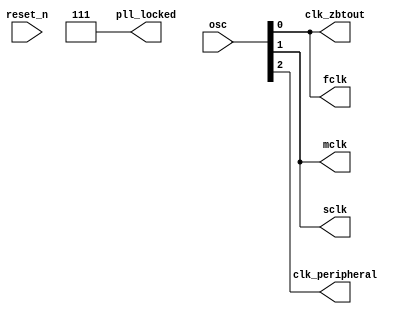
module fpga_pll_speed (
    input  wire [2:0]    osc,            // Oscillator #0 - 50    MHz
                                         // Oscillator #1 - 24.576MHz
                                         // Oscillator #2 - 25    MHz
    input  wire          reset_n,        // reset
    output wire          fclk,           // Free running clock (25MHz)
    output wire          clk_zbtout,     // Phase shifted clock for ZBT(25MHz)
    output wire          mclk,           // 12.288MHz clock for audio
    output wire          sclk,           // 3.072MHz  clock for audio
    output wire          clk_peripheral, // 25MHz clock for ethernet, psram, vga, uart
    output wire [2:0]    pll_locked      // PLL locked
  );

// --------------------------------------------------------------------
// internal wires
// --------------------------------------------------------------------

    wire [9:0]  pll_clocks_sys;
    wire [9:0]  pll_clocks_peripheral;
    wire [9:0]  pll_clocks_audio;

// INCLUDE_PLL is define in FPGA project configuration
`ifdef    INCLUDE_PLL

  // PLL generating CPU (25MHz) and ZBT SRAM (25MHz) clocks

  altpll #(
    .bandwidth_type          ("AUTO"),
    .clk0_divide_by          (2),
    .clk0_duty_cycle         (50),
    .clk0_multiply_by        (1),
    .clk0_phase_shift        ("0"),
    .clk1_divide_by          (2),
    .clk1_duty_cycle         (50),
    .clk1_multiply_by        (1),
    .clk1_phase_shift        ("0"),
    .clk2_divide_by          (25),
    .clk2_duty_cycle         (50),
    .clk2_multiply_by        (3),
    .clk2_phase_shift        ("0"),
    .clk3_divide_by          (5),
    .clk3_duty_cycle         (50),
    .clk3_multiply_by        (2),
    .clk3_phase_shift        ("0"),
    .clk4_divide_by          (5),
    .clk4_duty_cycle         (50),
    .clk4_multiply_by        (4),
    .clk4_phase_shift        ("0"),
    .inclk0_input_frequency  (20000),
    .intended_device_family  ("Cyclone V"),
    .lpm_hint                ("CBX_MODULE_PREFIX=plls_Altera"),
    .lpm_type                ("altpll"),
    .operation_mode          ("NO_COMPENSATION"),
    .pll_type                ("AUTO"),
    .port_activeclock        ("PORT_UNUSED"),
    .port_areset             ("PORT_UNUSED"),
    .port_clkbad0            ("PORT_UNUSED"),
    .port_clkbad1            ("PORT_UNUSED"),
    .port_clkloss            ("PORT_UNUSED"),
    .port_clkswitch          ("PORT_UNUSED"),
    .port_configupdate       ("PORT_UNUSED"),
    .port_fbin               ("PORT_UNUSED"),
    .port_fbout              ("PORT_UNUSED"),
    .port_inclk0             ("PORT_USED"),
    .port_inclk1             ("PORT_UNUSED"),
    .port_locked             ("PORT_USED"),
    .port_pfdena             ("PORT_UNUSED"),
    .port_phasecounterselect ("PORT_UNUSED"),
    .port_phasedone          ("PORT_UNUSED"),
    .port_phasestep          ("PORT_UNUSED"),
    .port_phaseupdown        ("PORT_UNUSED"),
    .port_pllena             ("PORT_UNUSED"),
    .port_scanaclr           ("PORT_UNUSED"),
    .port_scanclk            ("PORT_UNUSED"),
    .port_scanclkena         ("PORT_UNUSED"),
    .port_scandata           ("PORT_UNUSED"),
    .port_scandataout        ("PORT_UNUSED"),
    .port_scandone           ("PORT_UNUSED"),
    .port_scanread           ("PORT_UNUSED"),
    .port_scanwrite          ("PORT_UNUSED"),
    .port_clk0               ("PORT_USED"),
    .port_clk1               ("PORT_USED"),
    .port_clk2               ("PORT_UNUSED"),
    .port_clk3               ("PORT_UNUSED"),
    .port_clk4               ("PORT_UNUSED"),
    .port_clk5               ("PORT_UNUSED"),
    .port_clk6               ("PORT_UNUSED"),
    .port_clk7               ("PORT_UNUSED"),
    .port_clk8               ("PORT_UNUSED"),
    .port_clk9               ("PORT_UNUSED"),
    .port_clkena0            ("PORT_UNUSED"),
    .port_clkena1            ("PORT_UNUSED"),
    .port_clkena2            ("PORT_UNUSED"),
    .port_clkena3            ("PORT_UNUSED"),
    .port_clkena4            ("PORT_UNUSED"),
    .port_clkena5            ("PORT_UNUSED"),
    .port_clkena6            ("PORT_UNUSED"),
    .port_clkena7            ("PORT_UNUSED"),
    .port_clkena8            ("PORT_UNUSED"),
    .port_clkena9            ("PORT_UNUSED"),
    .self_reset_on_loss_lock ("ON"),
    .using_fbmimicbidir_port ("OFF"),
    .width_clock             (10))
   u_cpu_periph_clk_pll_0 (
    .inclk              ({1'b0, osc[0]}),
    .clk                (pll_clocks_sys[9:0]),
    .activeclock        (),
    .areset             (~reset_n),  // Optional
    .clkbad             (),
    .clkena             ({6{1'b1}}),
    .clkloss            (),
    .clkswitch          (1'b0),
    .configupdate       (1'b0),
    .enable0            (),
    .enable1            (),
    .extclk             (),
    .extclkena          ({4{1'b1}}),
    .fbin               (1'b1),
    .fbmimicbidir       (),
    .fbout              (),
    .locked             (pll_locked[0]),
    .pfdena             (1'b1),
    .phasecounterselect ({4{1'b1}}),
    .phasedone          (),
    .phasestep          (1'b1),
    .phaseupdown        (1'b1),
    .pllena             (1'b1),
    .scanaclr           (1'b0),
    .scanclk            (1'b0),
    .scanclkena         (1'b1),
    .scandata           (1'b0),
    .scandataout        (),
    .scandone           (),
    .scanread           (1'b0),
    .scanwrite          (1'b0),
    .sclkout0           (),
    .sclkout1           (),
    .vcooverrange       (),
    .vcounderrange      ());

  // PLL generating Audio clocks

  altpll #(
    .bandwidth_type          ("AUTO"),
    .clk0_divide_by          (2),
    .clk0_duty_cycle         (50),
    .clk0_multiply_by        (1),
    .clk0_phase_shift        ("0"),
    .clk1_divide_by          (8),
    .clk1_duty_cycle         (50),
    .clk1_multiply_by        (1),
    .clk1_phase_shift        ("0"),
    .clk2_divide_by          (25),
    .clk2_duty_cycle         (50),
    .clk2_multiply_by        (3),
    .clk2_phase_shift        ("0"),
    .clk3_divide_by          (5),
    .clk3_duty_cycle         (50),
    .clk3_multiply_by        (2),
    .clk3_phase_shift        ("0"),
    .clk4_divide_by          (5),
    .clk4_duty_cycle         (50),
    .clk4_multiply_by        (4),
    .clk4_phase_shift        ("0"),
    .inclk0_input_frequency  (40690),
    .intended_device_family  ("Cyclone V"),
    .lpm_hint                ("CBX_MODULE_PREFIX=plls_Altera"),
    .lpm_type                ("altpll"),
    .operation_mode          ("NO_COMPENSATION"),
    .pll_type                ("AUTO"),
    .port_activeclock        ("PORT_UNUSED"),
    .port_areset             ("PORT_UNUSED"),
    .port_clkbad0            ("PORT_UNUSED"),
    .port_clkbad1            ("PORT_UNUSED"),
    .port_clkloss            ("PORT_UNUSED"),
    .port_clkswitch          ("PORT_UNUSED"),
    .port_configupdate       ("PORT_UNUSED"),
    .port_fbin               ("PORT_UNUSED"),
    .port_fbout              ("PORT_UNUSED"),
    .port_inclk0             ("PORT_USED"),
    .port_inclk1             ("PORT_UNUSED"),
    .port_locked             ("PORT_USED"),
    .port_pfdena             ("PORT_UNUSED"),
    .port_phasecounterselect ("PORT_UNUSED"),
    .port_phasedone          ("PORT_UNUSED"),
    .port_phasestep          ("PORT_UNUSED"),
    .port_phaseupdown        ("PORT_UNUSED"),
    .port_pllena             ("PORT_UNUSED"),
    .port_scanaclr           ("PORT_UNUSED"),
    .port_scanclk            ("PORT_UNUSED"),
    .port_scanclkena         ("PORT_UNUSED"),
    .port_scandata           ("PORT_UNUSED"),
    .port_scandataout        ("PORT_UNUSED"),
    .port_scandone           ("PORT_UNUSED"),
    .port_scanread           ("PORT_UNUSED"),
    .port_scanwrite          ("PORT_UNUSED"),
    .port_clk0               ("PORT_USED"),
    .port_clk1               ("PORT_USED"),
    .port_clk2               ("PORT_UNUSED"),
    .port_clk3               ("PORT_UNUSED"),
    .port_clk4               ("PORT_UNUSED"),
    .port_clk5               ("PORT_UNUSED"),
    .port_clk6               ("PORT_UNUSED"),
    .port_clk7               ("PORT_UNUSED"),
    .port_clk8               ("PORT_UNUSED"),
    .port_clk9               ("PORT_UNUSED"),
    .port_clkena0            ("PORT_UNUSED"),
    .port_clkena1            ("PORT_UNUSED"),
    .port_clkena2            ("PORT_UNUSED"),
    .port_clkena3            ("PORT_UNUSED"),
    .port_clkena4            ("PORT_UNUSED"),
    .port_clkena5            ("PORT_UNUSED"),
    .port_clkena6            ("PORT_UNUSED"),
    .port_clkena7            ("PORT_UNUSED"),
    .port_clkena8            ("PORT_UNUSED"),
    .port_clkena9            ("PORT_UNUSED"),
    .self_reset_on_loss_lock ("ON"),
    .using_fbmimicbidir_port ("OFF"),
    .width_clock             (10))
   u_cpu_periph_clk_pll_1 (
    .inclk              ({1'b0, osc[1]}),
    .clk                (pll_clocks_audio[9:0]),
    .activeclock        (),
    .areset             (~reset_n),  // Optional
    .clkbad             (),
    .clkena             ({6{1'b1}}),
    .clkloss            (),
    .clkswitch          (1'b0),
    .configupdate       (1'b0),
    .enable0            (),
    .enable1            (),
    .extclk             (),
    .extclkena          ({4{1'b1}}),
    .fbin               (1'b1),
    .fbmimicbidir       (),
    .fbout              (),
    .locked             (pll_locked[1]),
    .pfdena             (1'b1),
    .phasecounterselect ({4{1'b1}}),
    .phasedone          (),
    .phasestep          (1'b1),
    .phaseupdown        (1'b1),
    .pllena             (1'b1),
    .scanaclr           (1'b0),
    .scanclk            (1'b0),
    .scanclkena         (1'b1),
    .scandata           (1'b0),
    .scandataout        (),
    .scandone           (),
    .scanread           (1'b0),
    .scanwrite          (1'b0),
    .sclkout0           (),
    .sclkout1           (),
    .vcooverrange       (),
    .vcounderrange      ());

  altpll #(
    .bandwidth_type          ("AUTO"),
    .clk0_divide_by          (1),
    .clk0_duty_cycle         (50),
    .clk0_multiply_by        (1),
    .clk0_phase_shift        ("0"),
    .clk1_divide_by          (2),
    .clk1_duty_cycle         (50),
    .clk1_multiply_by        (1),
    .clk1_phase_shift        ("0"),
    .clk2_divide_by          (25),
    .clk2_duty_cycle         (50),
    .clk2_multiply_by        (3),
    .clk2_phase_shift        ("0"),
    .clk3_divide_by          (5),
    .clk3_duty_cycle         (50),
    .clk3_multiply_by        (2),
    .clk3_phase_shift        ("0"),
    .clk4_divide_by          (5),
    .clk4_duty_cycle         (50),
    .clk4_multiply_by        (4),
    .clk4_phase_shift        ("0"),
    .inclk0_input_frequency  (40000),
    .intended_device_family  ("Cyclone V"),
    .lpm_hint                ("CBX_MODULE_PREFIX=plls_Altera"),
    .lpm_type                ("altpll"),
    .operation_mode          ("NO_COMPENSATION"),
    .pll_type                ("AUTO"),
    .port_activeclock        ("PORT_UNUSED"),
    .port_areset             ("PORT_UNUSED"),
    .port_clkbad0            ("PORT_UNUSED"),
    .port_clkbad1            ("PORT_UNUSED"),
    .port_clkloss            ("PORT_UNUSED"),
    .port_clkswitch          ("PORT_UNUSED"),
    .port_configupdate       ("PORT_UNUSED"),
    .port_fbin               ("PORT_UNUSED"),
    .port_fbout              ("PORT_UNUSED"),
    .port_inclk0             ("PORT_USED"),
    .port_inclk1             ("PORT_UNUSED"),
    .port_locked             ("PORT_USED"),
    .port_pfdena             ("PORT_UNUSED"),
    .port_phasecounterselect ("PORT_UNUSED"),
    .port_phasedone          ("PORT_UNUSED"),
    .port_phasestep          ("PORT_UNUSED"),
    .port_phaseupdown        ("PORT_UNUSED"),
    .port_pllena             ("PORT_UNUSED"),
    .port_scanaclr           ("PORT_UNUSED"),
    .port_scanclk            ("PORT_UNUSED"),
    .port_scanclkena         ("PORT_UNUSED"),
    .port_scandata           ("PORT_UNUSED"),
    .port_scandataout        ("PORT_UNUSED"),
    .port_scandone           ("PORT_UNUSED"),
    .port_scanread           ("PORT_UNUSED"),
    .port_scanwrite          ("PORT_UNUSED"),
    .port_clk0               ("PORT_USED"),
    .port_clk1               ("PORT_UNUSED"),
    .port_clk2               ("PORT_UNUSED"),
    .port_clk3               ("PORT_UNUSED"),
    .port_clk4               ("PORT_UNUSED"),
    .port_clk5               ("PORT_UNUSED"),
    .port_clk6               ("PORT_UNUSED"),
    .port_clk7               ("PORT_UNUSED"),
    .port_clk8               ("PORT_UNUSED"),
    .port_clk9               ("PORT_UNUSED"),
    .port_clkena0            ("PORT_UNUSED"),
    .port_clkena1            ("PORT_UNUSED"),
    .port_clkena2            ("PORT_UNUSED"),
    .port_clkena3            ("PORT_UNUSED"),
    .port_clkena4            ("PORT_UNUSED"),
    .port_clkena5            ("PORT_UNUSED"),
    .port_clkena6            ("PORT_UNUSED"),
    .port_clkena7            ("PORT_UNUSED"),
    .port_clkena8            ("PORT_UNUSED"),
    .port_clkena9            ("PORT_UNUSED"),
    .self_reset_on_loss_lock ("ON"),
    .using_fbmimicbidir_port ("OFF"),
    .width_clock             (10))
   u_cpu_periph_clk_pll_2 (
    .inclk              ({1'b0, osc[2]}),
    .clk                (pll_clocks_peripheral[9:0]),
    .activeclock        (),
    .areset             (~reset_n),  // Optional
    .clkbad             (),
    .clkena             ({6{1'b1}}),
    .clkloss            (),
    .clkswitch          (1'b0),
    .configupdate       (1'b0),
    .enable0            (),
    .enable1            (),
    .extclk             (),
    .extclkena          ({4{1'b1}}),
    .fbin               (1'b1),
    .fbmimicbidir       (),
    .fbout              (),
    .locked             (pll_locked[2]),
    .pfdena             (1'b1),
    .phasecounterselect ({4{1'b1}}),
    .phasedone          (),
    .phasestep          (1'b1),
    .phaseupdown        (1'b1),
    .pllena             (1'b1),
    .scanaclr           (1'b0),
    .scanclk            (1'b0),
    .scanclkena         (1'b1),
    .scandata           (1'b0),
    .scandataout        (),
    .scandone           (),
    .scanread           (1'b0),
    .scanwrite          (1'b0),
    .sclkout0           (),
    .sclkout1           (),
    .vcooverrange       (),
    .vcounderrange      ());

`else
  assign pll_clocks_sys[0] = osc[0];
  assign pll_clocks_sys[1] = osc[0];
  assign pll_clocks_peripheral[0] = osc[2];
  assign pll_clocks_audio[0] = osc[1];
  assign pll_clocks_audio[1] = osc[1];
  assign pll_locked[0]     = 1'b1;
  assign pll_locked[1]     = 1'b1;
  assign pll_locked[2]     = 1'b1;
`endif

  assign fclk          = pll_clocks_sys[0];
  assign clk_zbtout    = pll_clocks_sys[1];
  assign clk_peripheral= pll_clocks_peripheral[0];
  assign mclk          = pll_clocks_audio[0];
  assign sclk          = pll_clocks_audio[1];

endmodule